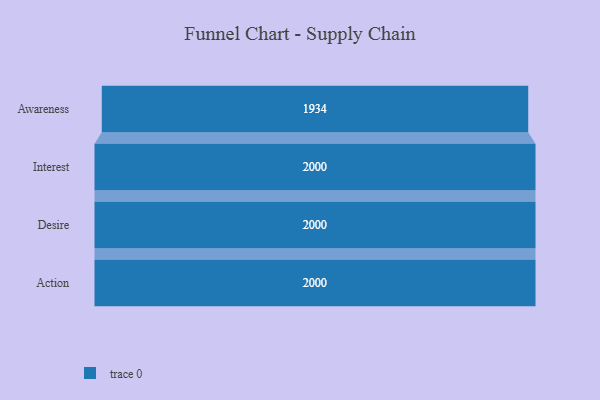
{"axis": {"x": "Stage", "y": "Value"}, "legend": [""], "data": [{"x": "Awareness", "y": 1934.0, "type": ""}, {"x": "Interest", "y": 2000, "type": ""}, {"x": "Desire", "y": 2000, "type": ""}, {"x": "Action", "y": 2000, "type": ""}]}